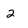
Character: 2